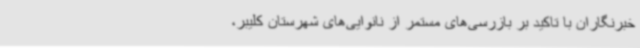
خبرنگاران با تاکید بر بازرسی‌های مستمر از نانوایی‌های شهرستان کلیبر،